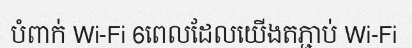
បំពាក់ Wi-Fi 6ពេលដែលយើងតភ្ជាប់ Wi-Fi